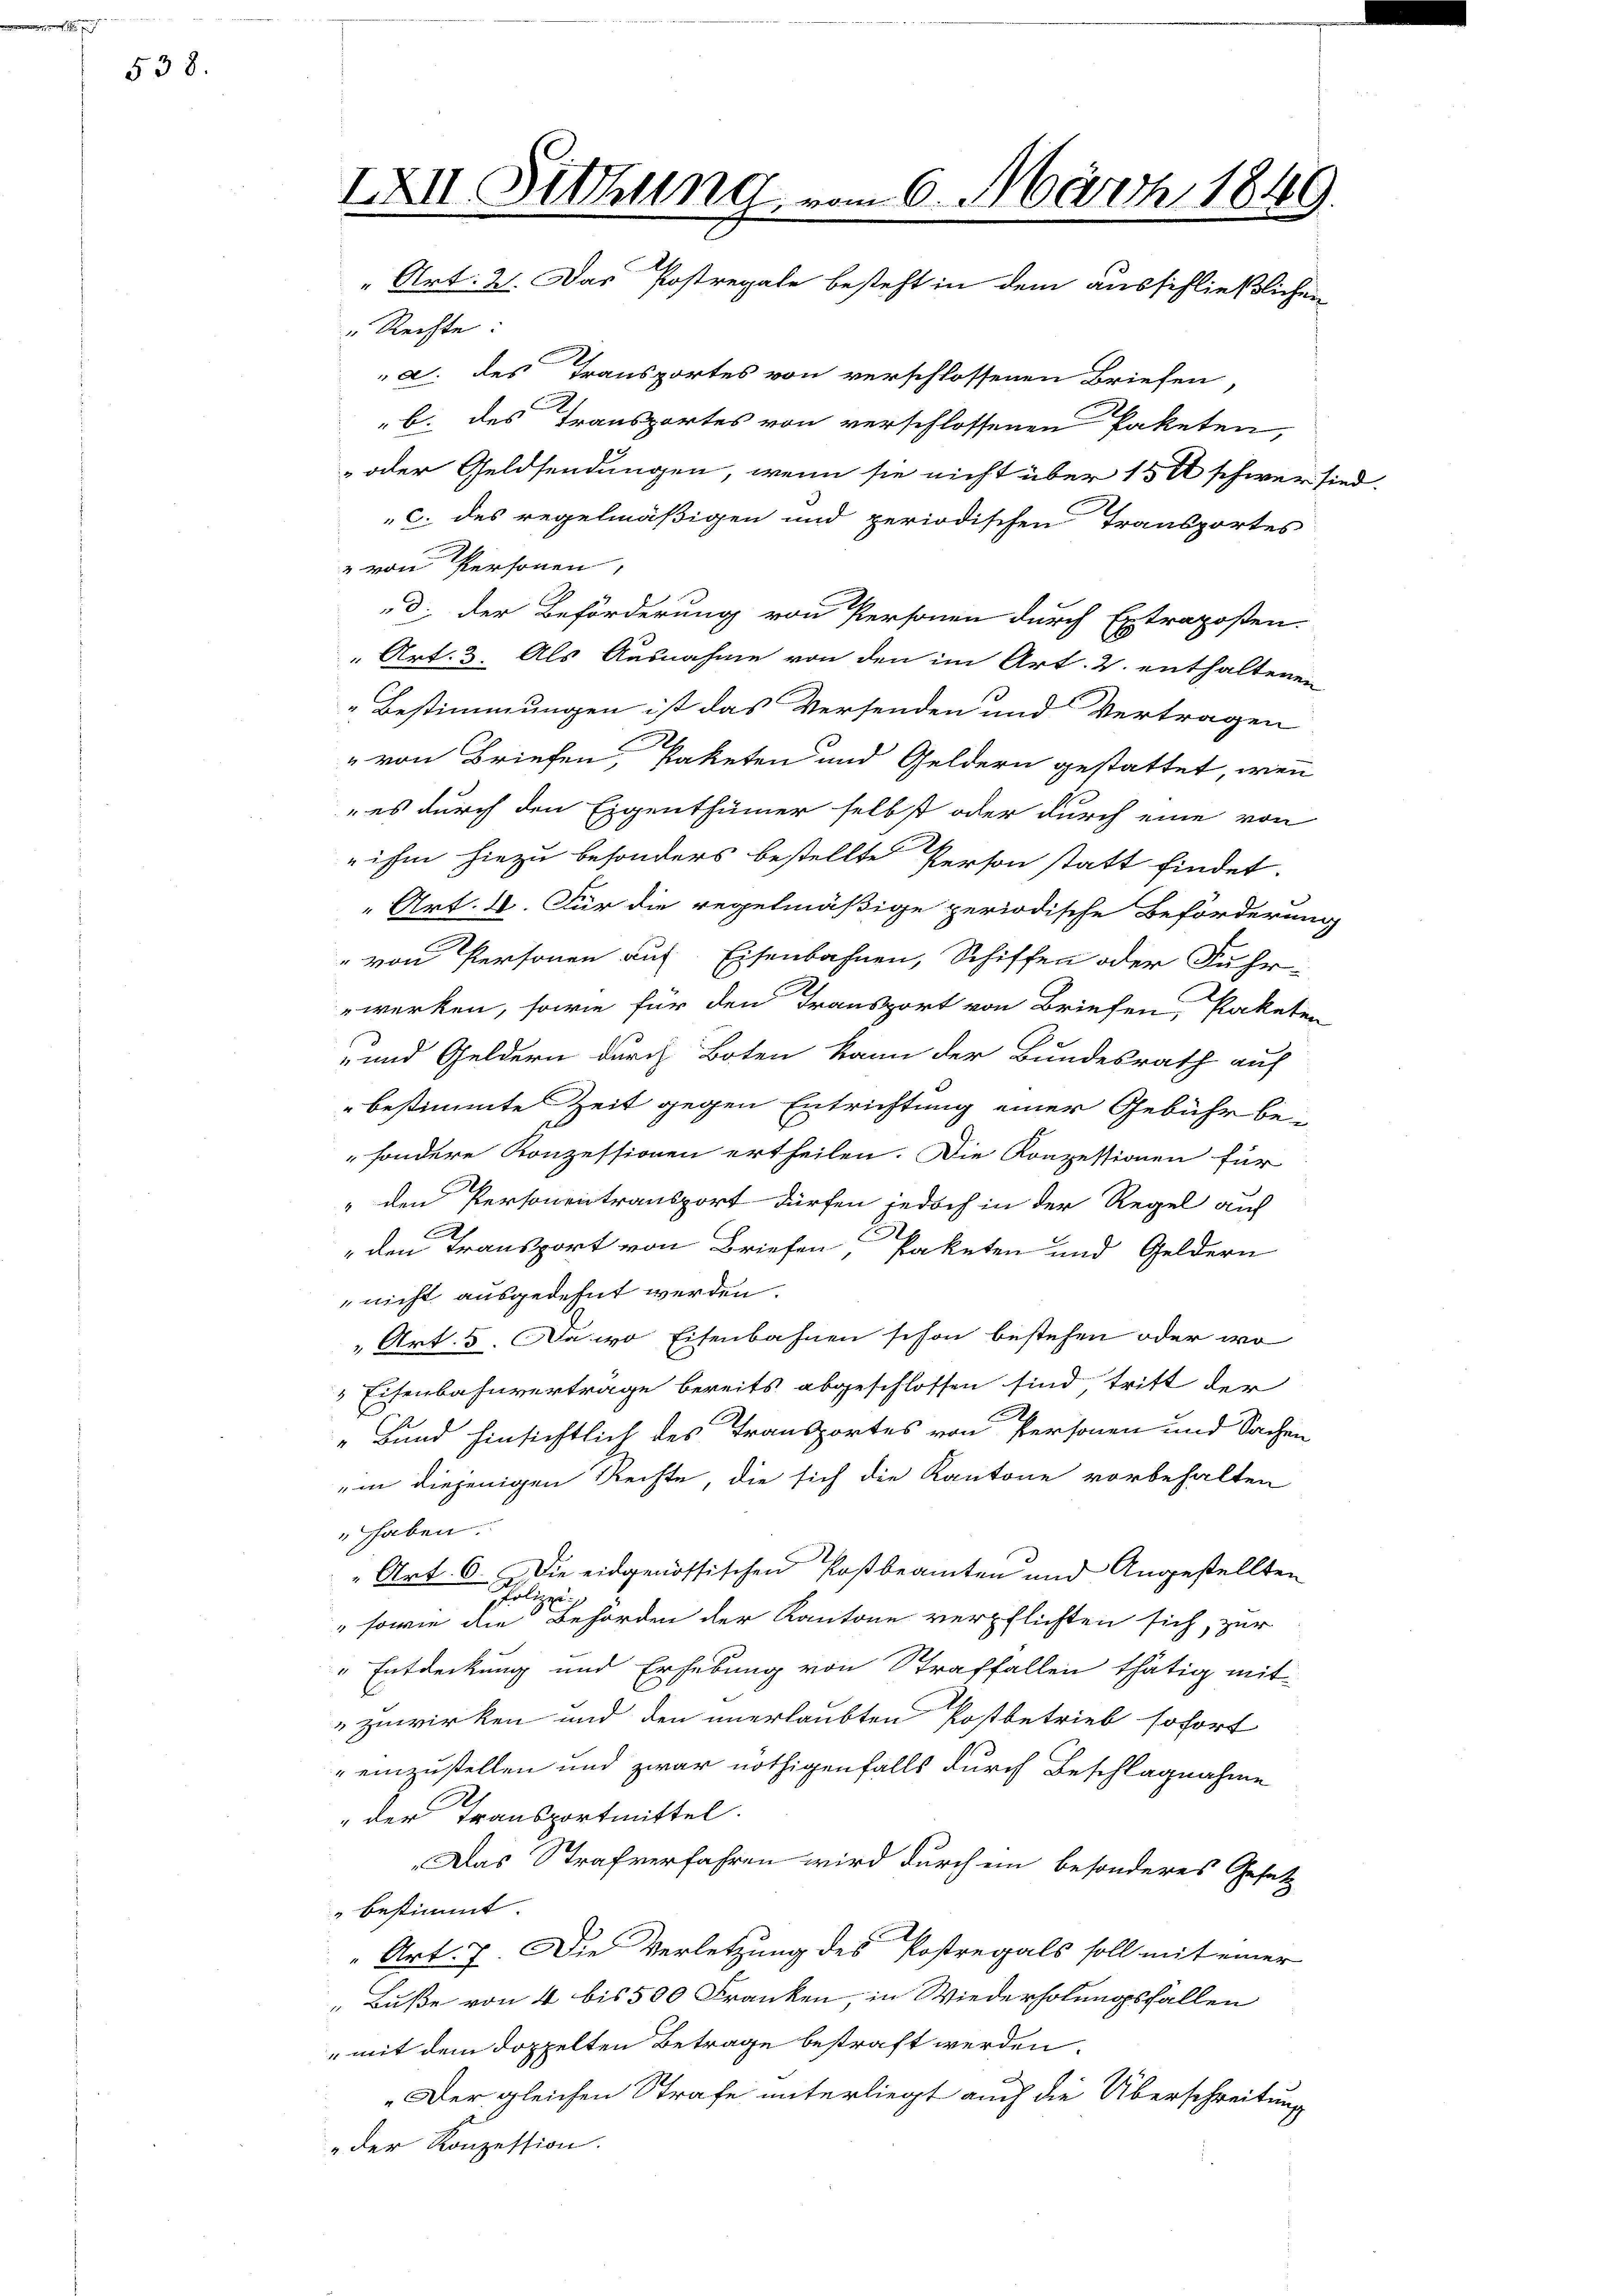
538.

IXII. Sitzung vom 6. März 1849.
Art: 2. Das Postregale besteht in dem ausschließlichen

" Rechte:
a. des Transportes von verschlossenen Briefen,
b. des Transportes von verschlossenen Paketen,
 oder Geldsendungen, wenn sie nicht über 15 t schwer sind
c. des regelmäßigen und periodischen Transportes
" von Personen,
d. der Beförderung von Personen durch Extraposten.
" Art. 3. Als Ausnahme von den im Art. 2. enthaltenen
Bestimmungen ist das Versenden und Vertragen
" von Briefen, Paketen und Geldern gestattet, wenn
 es durch den Eigenthümer selbst oder durch eine von
 ihm hiezu besonders bestellte Person statt findet.
Art. 4. Für die regelmäßige periodische Beförderung
von Personen auf Eisenbahnen, Schiffen oder Fuhr-
n
werken, sowie für den Transport von Briefen, Paketen
e
" und Geldern durch Boten kann der Bundesrath auf
bestimmte Zeit gegen Entrichtung einer Gebühr be-
sondere Konzessionen ertheilen. Die Konzessionen für
" den Personen transport dürfen jedoch in der Regel auf
" den Transport von Briefen, Paketen und Geldern
nicht ausgedehnt werden.
" Art. 5. Da wo Eisenbahnen schon bestehen oder wo
 Eisenbahnvertrage bereits abgeschlossen sind tritt der
„Bund hinsichtlich des Transportes von Personen und Sachen
„in diejenigen Rechte, die sich die Kantone vorbehalten
 haben
Art. 6. Die eidgenössischen Postbeamten und Angestellten
Polize
" sowie die Behörden der Kantone verpflichten sich, zur
" Entdeckung und Erhebung von Straffallen thätig mit
zuwirken und den unerlaubten Postbetrieb sofort
"einzustellen und zwar nöthigenfalls durch Beschlagnahme
der Transportmittel.
Das Strafverfahren wird durch ein besonderes Gesetz
" bestimmt
Art. 7. Die Verletzung des Postregals soll mit einer
„Buße von 4 bis 500 Franken, in Wiederholungsfallen
mit dem doppelten Betrage bestraft werden.
„Der gleichen Strafe unterliegt auch die Überschreitung
„der Konzession.

.